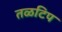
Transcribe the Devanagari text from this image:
तळटिप